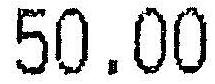
50.00